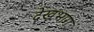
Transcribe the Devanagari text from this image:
देखभाग